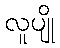
လူပျို